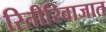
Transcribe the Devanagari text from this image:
रितीरिवाजात